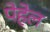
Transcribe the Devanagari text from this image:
पेहेल